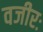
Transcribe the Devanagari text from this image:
वजीरः